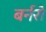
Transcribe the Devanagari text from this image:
बर्नरों